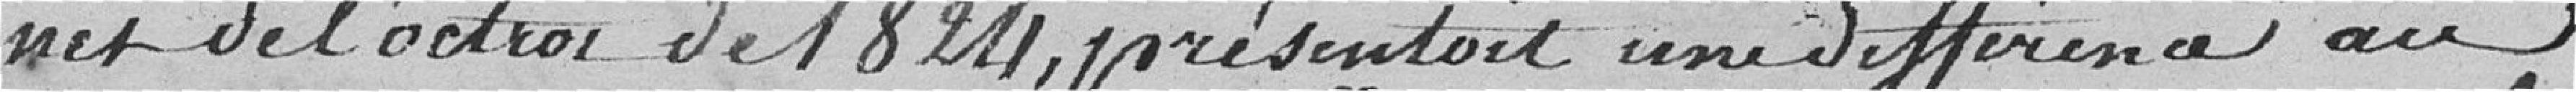
net de l'octroi de 1824, présentait une différence au